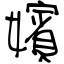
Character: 嬪